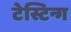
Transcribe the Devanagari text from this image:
टेस्टिन्ग